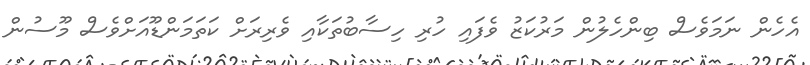
އެހެން ނަމަވެސް ބިންހެލުން މަރުކަޒު ވެފައި ހުރި ހިސާބުތަކާއި ވެރިރަށް ކަތަމަންޑޫއަށްވެސް މޫސުން